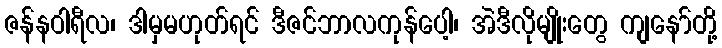
ဇန်နဝါရီလ၊ ဒါမှမဟုတ်ရင် ဒီဇင်ဘာလကုန်ပေါ့၊ အဲဒီလိုမျိုးတွေ ကျနော်တို့